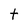
Character: t